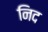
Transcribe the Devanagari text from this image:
निद